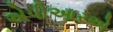
એપીઆરએ